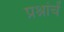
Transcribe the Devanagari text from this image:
प्रश्नांचें